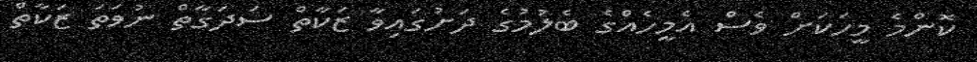
ކޮންމެ މީހަކަށް ވެސް އެމީހެއްގެ ބެލުމުގެ ދަށުގައިވާ ޒަކާތް ސަދަގާތް ނުވަތަ ޒަކާތް